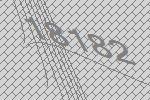
18182